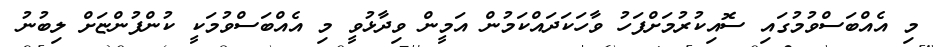
މި އެއްބަސްވުމުގައި ސޮއިކުރުމަށްފަހު ވާހަކަދައްކަމުން އަމީން ވިދާޅުވީ މި އެއްބަސްވުމަކީ ކުންފުންޏަށް ލިބުނު